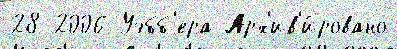
28 2006 Уэбб'ера Арх'ив'и́ровано